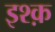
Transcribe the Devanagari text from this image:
इश्‍क़